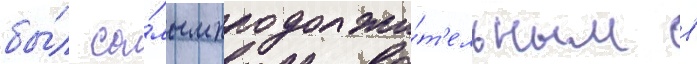
бы́л са́мым продолжи́т'ельным в